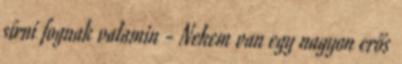
sírni fognak valamin - Nekem van egy nagyon erős